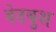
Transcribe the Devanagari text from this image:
वेदबुश